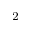
^ 2